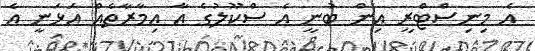
އެ މިނިސްޓްރީ އިން ބުނީ އެ ސްކޫލުގެ އާ އިމާރާތެއް އަޅަނީ އެ